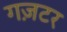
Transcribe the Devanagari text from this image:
गज़टर